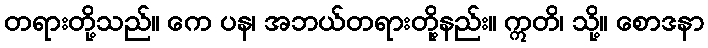
တရားတို့သည်။ ကေ ပန၊ အဘယ်တရားတို့နည်း။ ဣတိ၊ သို့။ စောဒနာ